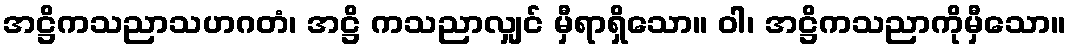
အဋ္ဌိကသညာသဟဂတံ၊ အဋ္ဌိ ကသညာလျှင် မှီရာရှိသော။ ဝါ၊ အဋ္ဌိကသညာကိုမှီသော။